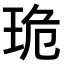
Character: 𤥕